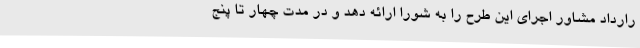
رارداد مشاور اجرای این طرح را به شورا ارائه دهد و در مدت چهار تا پنج